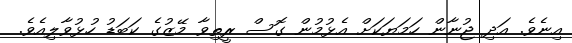
އިނެވެ. އަދި ޖުނާން ހަމަޔަކަށް އެޅުމުން ގޮސް ރީތިވާ މޭޒުގެ ކަބަޑު ހުޅުވާލިއެވެ.